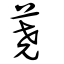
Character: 蕘